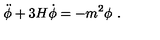
\ddot { \phi } + 3 H \dot { \phi } = - m ^ { 2 } \phi \ .